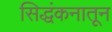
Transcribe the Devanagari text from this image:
सिद्धंकनातून